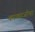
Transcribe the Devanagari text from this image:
काकाजीचा